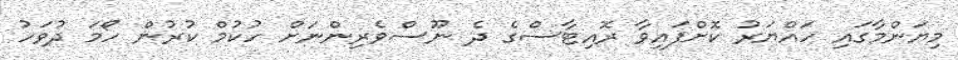
މިޔަންމާގައި ހައްޔަރު ކޮށްފައިވާ ރޮއިޓާސްގެ ދެ ނޫސްވެރިންނަށް ހުކުމް ކުރުން ހޯމަ ދުވަހު